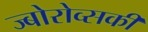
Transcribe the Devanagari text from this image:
ज्बोरोव्सकी